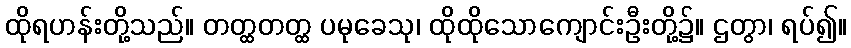
ထိုရဟန်းတို့သည်။ တတ္ထတတ္ထ ပမုခေသု၊ ထိုထိုသောကျောင်းဦးတို့၌။ ဌတွာ၊ ရပ်၍။